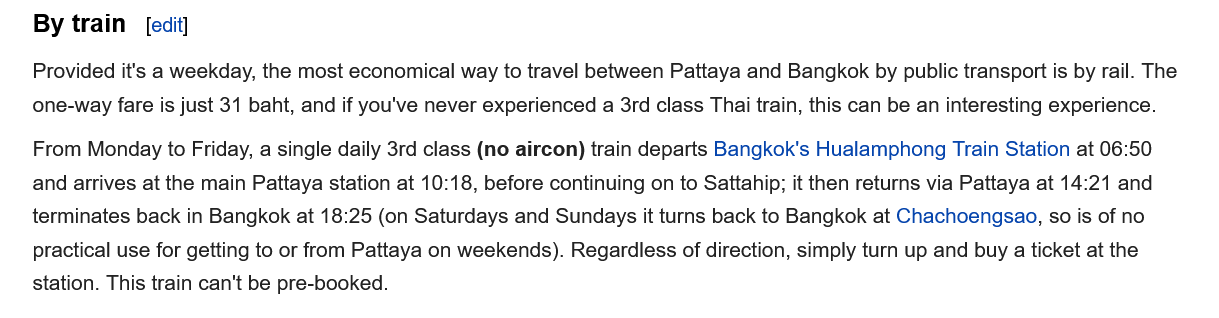
By train
    Provided it's a weekday, the most economical way to travel between Pattaya and Bangkok by public transport is by rail. The
    one-way fare is just 31 baht, and if you've never experienced a 3rd class Thai train, this can be an interesting experience.
    From Monday to Friday, a single daily 3rd class (no aircon) train departs Bangkok's Hualamphong Train Station at 06:50
    and arrives at the main Pattaya station at 10:18, before continuing on to Sattahip; it then returns via Pattaya at 14:21 and
    terminates back in Bangkok at 18:25 (on Saturdays and Sundays it turns back to Bangkok at Chachoengsao, so is of no
    practical use for getting to or from Pattaya on weekends). Regardless of direction, simply turn up and buy a ticket at the
    station. This train can't be pre-booked.
     [edit]